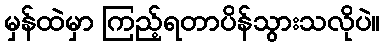
မှန်ထဲမှာ ကြည့်ရတာပိန်သွားသလိုပဲ။